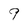
Character: 9